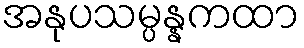
အနုပသမ္ပန္နကထာ